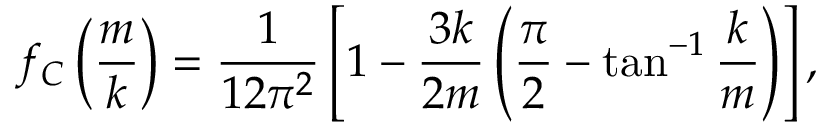
f _ { C } \left( \frac { m } { k } \right) = \frac { 1 } { 1 2 \pi ^ { 2 } } \left[ 1 - \frac { 3 k } { 2 m } \left( \frac { \pi } { 2 } - \tan ^ { - 1 } \frac { k } { m } \right) \right] ,